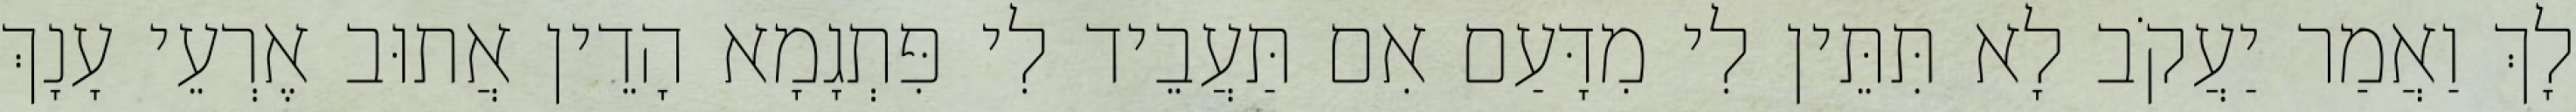
לָךְ וַאֲמַר יַעֲקֹב לָא תִּתֵּין לִי מִדָּעַם אִם תַּעֲבֵיד לִי פִּתְגָמָא הָדֵין אֲתוּב אֶרְעֵי עָנָךְ